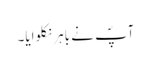
آپؐ نے باہر نکلوایا۔